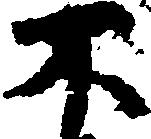
不